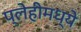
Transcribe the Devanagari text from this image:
प्लेहीमध्ये